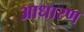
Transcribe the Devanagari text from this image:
आधारण